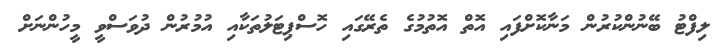
ލިފްޓު ބޭނުންކުރުން މަނާކޮށްފައި އޮތް އޮތުމުގެ ތެރޭގައި ހޮސްޕިޓަލުތަކާއި އުމުރުން ދުވަސްވީ މީހުންނަށް